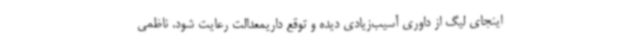
اینجای لیگ از داوری آسیب‌زیادی دیده و توقع داریمعدالت رعایت شود. ناظمی